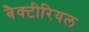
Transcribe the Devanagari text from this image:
बैक्‍टीरियल